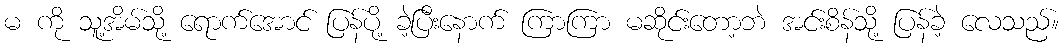
မ ကို သူ့အိမ်သို့ ရောက်အောင် ပြန်ပို့ ခဲ့ပြီးနောက် ကြာကြာ မဆိုင်းတော့ဘဲ အင်းစိန်သို့ ပြန်ခဲ့ လေသည်။